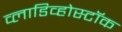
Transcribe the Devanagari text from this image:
व्लाडिव्होस्टॉक